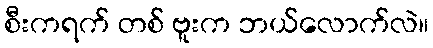
စီးကရက် တစ် ဗူးက ဘယ်လောက်လဲ။